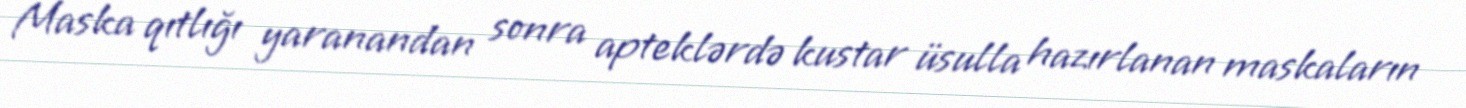
Maska qıtlığı yaranandan sonra apteklərdə kustar üsulla hazırlanan maskaların